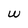
Character: W